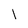
Character: l